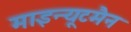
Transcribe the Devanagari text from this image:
माइन्यूटमैन